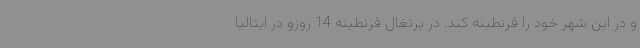
و در این شهر خود را قرنطینه کند. در پرتغال قرنطینه 14 روزو در ایتالیا